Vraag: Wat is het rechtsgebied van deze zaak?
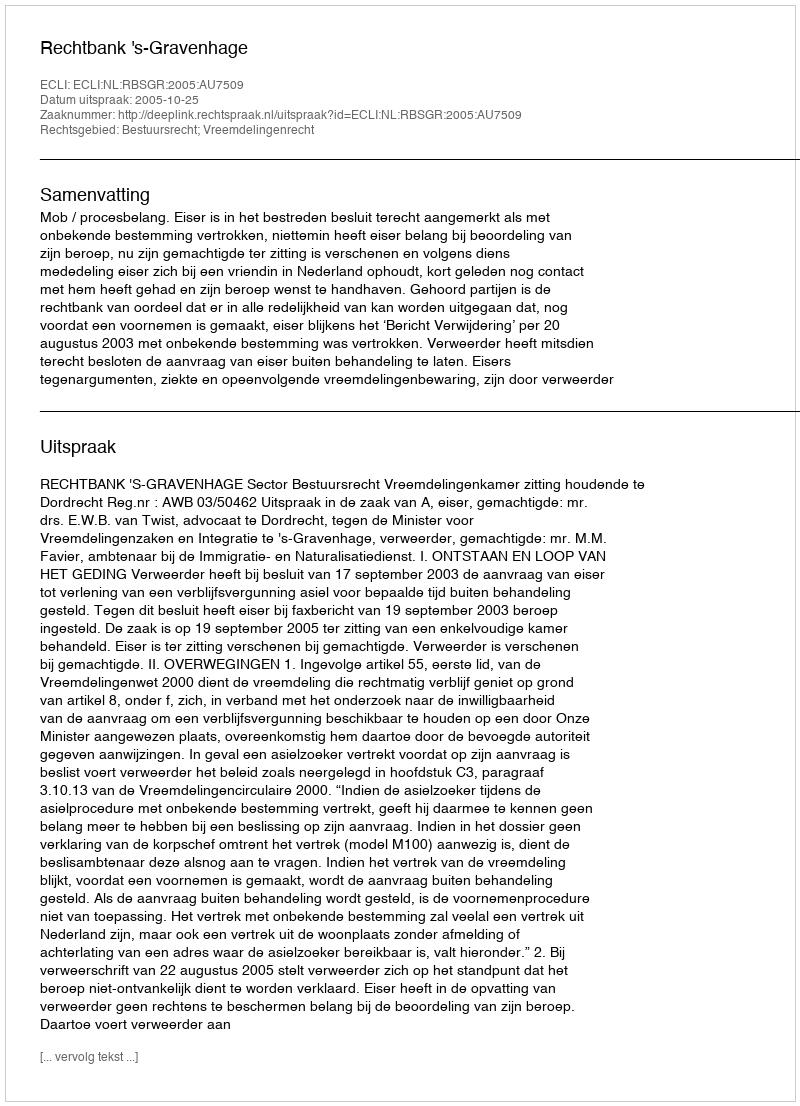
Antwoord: Bestuursrecht; Vreemdelingenrecht